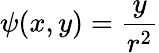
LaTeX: {\psi}(x,y)=\frac{y}{r^{2}}